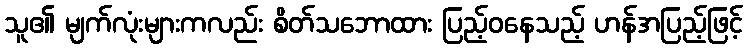
သူ၏ မျက်လုံးများကလည်း စိတ်သဘောထား ပြည့်ဝနေသည့် ဟန်အပြည့်ဖြင့်